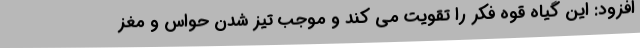
افزود: این گیاه قوه فکر را تقویت می کند و موجب تیز شدن حواس و مغز